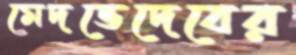
মেদভেদেবের